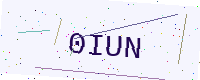
Text: 0IUN